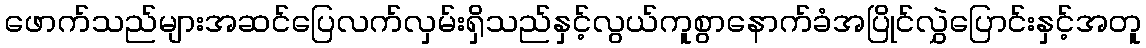
ဖောက်သည်များအဆင်ပြေလက်လှမ်းရှိသည်နှင့်လွယ်ကူစွာနောက်ခံအပြိုင်လွှဲပြောင်းနှင့်အတူ